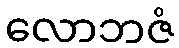
လောဘဇံ